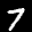
Label: 7